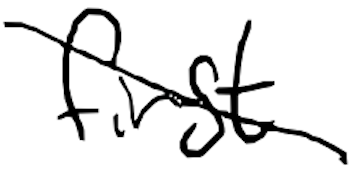
Text: first
Cross-out: diagonal
Writing tool: digital_black